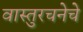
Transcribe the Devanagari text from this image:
वास्तुरचनेचे